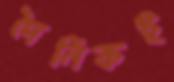
দৈনিকই